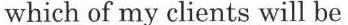
which of my clients will be